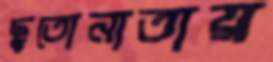
ছুতোনাতায়